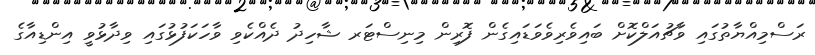
ރަސްމިއްޔާތުގައި ވާޗުއަލްކޮށް ބައިވެރިވެވަޑައިގެން ފޮރިން މިނިސްޓަރ ޝާހިދު ދެއްކެވި ވާހަކަފުޅުގައި ވިދާޅުވީ އިންޑިއާގެ